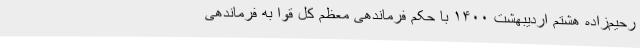
رحیم‌زاده هشتم اردیبهشت ۱۴۰۰ با حکم فرماندهی معظم کل قوا به فرماندهی